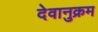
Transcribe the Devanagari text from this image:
देवानुक्रम